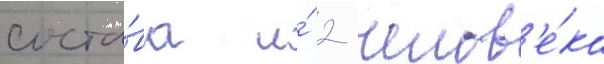
соста́ва и́ 2 челов'е́ка